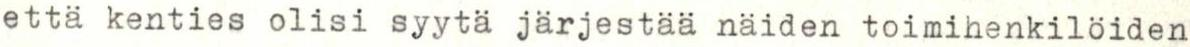
että kenties olisi syytä järjestää näiden toimihenkilöiden